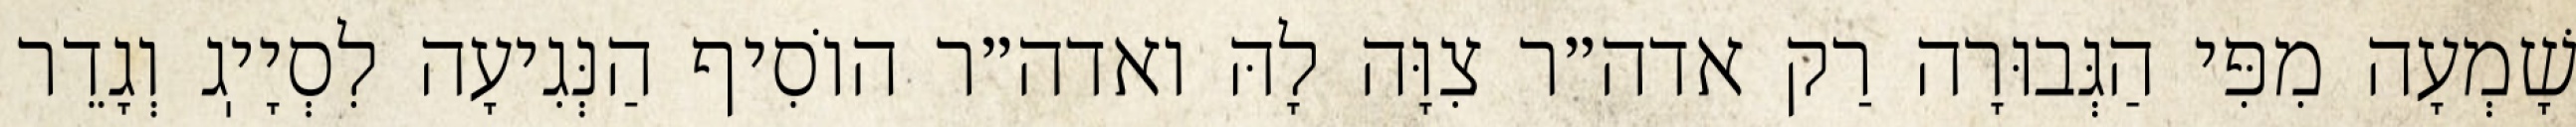
שָׁמְעָה מִפִּי הַגְּבוּרָה רַק אדה״ר צִוָּה לָהּ ואדה״ר הוֹסִיף הַנְּגִיעָה לִסְיָיֽג וְגָדֵר